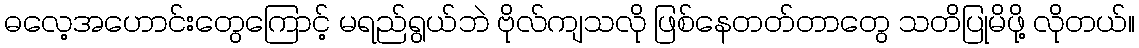
ဓလေ့အဟောင်းတွေကြောင့် မရည်ရွယ်ဘဲ ဗိုလ်ကျသလို ဖြစ်နေတတ်တာတွေ သတိပြုမိဖို့ လိုတယ်။